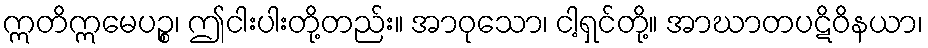
ဣတိဣမေပဉ္စ၊ ဤငါးပါးတို့တည်း။ အာဝုသော၊ ငါ့ရှင်တို့။ အာဃာတပဋိဝိနယာ၊